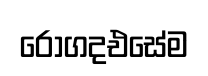
රෝගදඑසේම